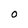
Character: O